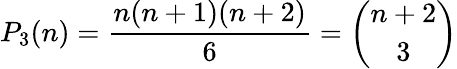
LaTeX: P_{3}(n)={\frac{n(n+1)(n+2)}{6}}={\binom{n+2}{3}}